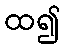
ထ၍